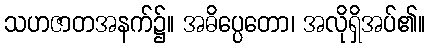
သဟဇာတအနက်၌။ အဓိပ္ပေတော၊ အလိုရှိအပ်၏။